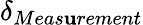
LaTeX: \delta_{Meas\mathbf{u}rement}